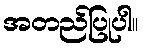
အတည်ပြုပါ။